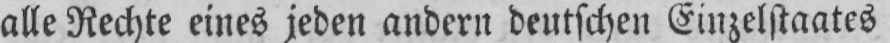
alle Rechte eines jeden andern deutschen Einzelstaates